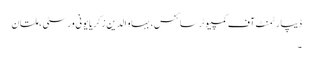
ڈیپارٹمنٹ آف کمپیوٹر سائنس، بہاو الدین زکریا یونی ورسٹی ، ملتان
۔